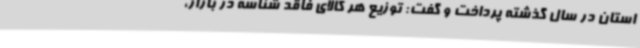
استان در سال گذشته پرداخت و گفت: توزیع هر کالای فاقد شناسه در بازار،